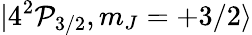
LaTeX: |4^{2}\mathcal{P}_{3/2},m_{J}=+3/2\rangle